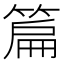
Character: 篇